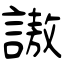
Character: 謸